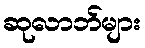
ဆုလာဘ်များ